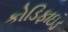
કોડિફાઇડ